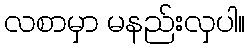
လစာမှာ မနည်းလှပါ။